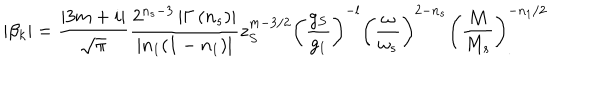
\left| \beta _ { k } \right| = \frac { \left| 3 m + i \right| } { \sqrt { \pi } } \frac { 2 ^ { n _ { s } - 3 } \left| \Gamma \left( n _ { s } \right) \right| } { | n _ { 1 } ( 1 - n _ { 1 } ) | } z _ { S } ^ { m - 3 / 2 } \left( \frac { g _ { S } } { g _ { 1 } } \right) ^ { - l } \left( \frac { \omega } { \omega _ { s } } \right) ^ { 2 - n _ { s } } \left( \frac { M } { M _ { s } } \right) _ { . } ^ { - n _ { 1 } / 2 }